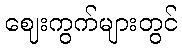
ဈေးကွက်များတွင်